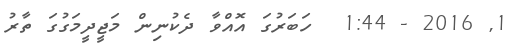
1